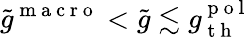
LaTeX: \tilde{g}^{\mathrm{~m~a~c~r~o~}}<\tilde{g}\lesssim g_{\mathrm{~t~h~}}^{\mathrm{~p~o~l~}}